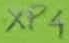
Text: XP4